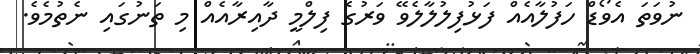
ނުވަތަ އެވޯޑް ހަފުލާއެއް ފަޅުފިލުލާލެވޭ ވަރުގެ ފިލްމީ ދާއިރާއެއް މި ތަނުގައި ނެތުމެވެ.